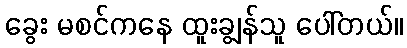
ခွေး မစင်ကနေ ထူးချွန်သူ ပေါ်တယ်။